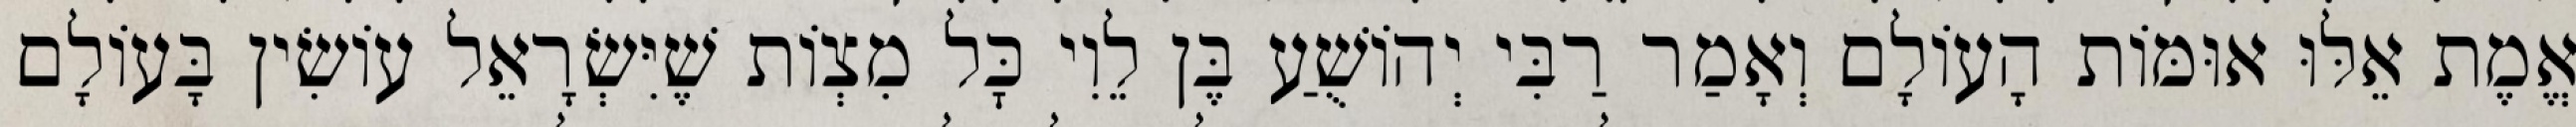
אֱמֶת אֵלּוּ אוּמּוֹת הָעוֹלָם וְאָמַר רַבִּי יְהוֹשֻׁעַ בֶּן לֵוִי כׇּל מִצְוֹת שֶׁיִּשְׂרָאֵל עוֹשִׂין בָּעוֹלָם